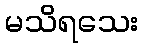
မသိရသေး